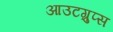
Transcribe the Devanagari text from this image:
आउटग्रुप्स